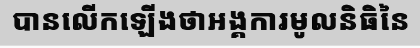
បានលើកឡើងថាអង្គការមូលនិធិនៃ